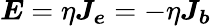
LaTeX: \boldsymbol{E}=\eta\boldsymbol{J_{e}}=-\eta\boldsymbol{J_{b}}